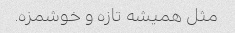
مثل همیشه تازه و خوشمزه.